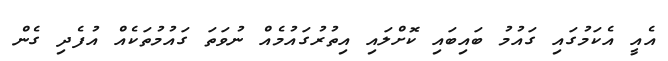
އެއީ އެކަމުގައި ގައުމު ބައިބައި ކޮށްލައި އިތުރުގައުމެއް ނުވަތަ ގައުމުތަކެއް އުފެދި ގެން